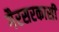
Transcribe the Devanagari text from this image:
गैरसरकासी